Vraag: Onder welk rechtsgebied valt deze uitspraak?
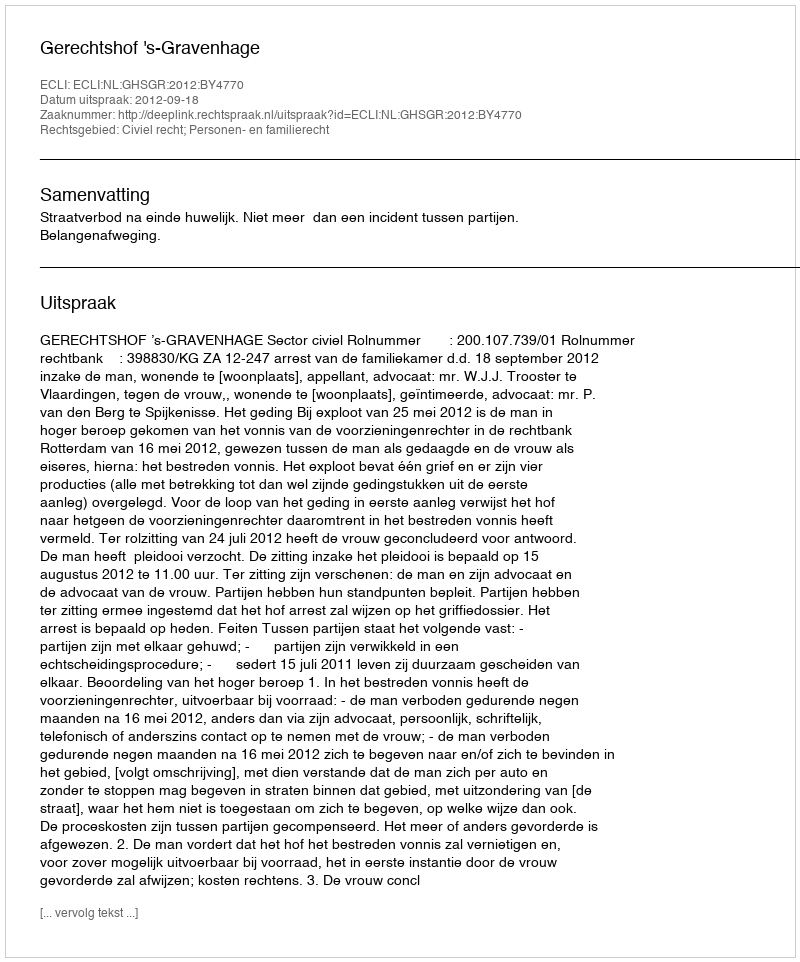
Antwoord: Civiel recht; Personen- en familierecht